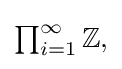
{\textstyle \prod _{i=1}^{\infty }\mathbb {Z} ,}